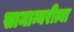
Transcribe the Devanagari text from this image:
सामान्यरीत्या